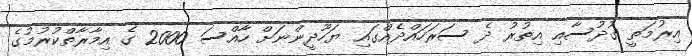
އިރުމަތީ ގުދުސާއި އިތުރު ދެ ސަރަހައްދެއްގައި ޔަހޫދީންނަށް ހާއްސަ 2000 ގެ އިމާރާތްކުރުމުގެ